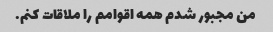
من مجبور شدم همه اقوامم را ملاقات کنم.